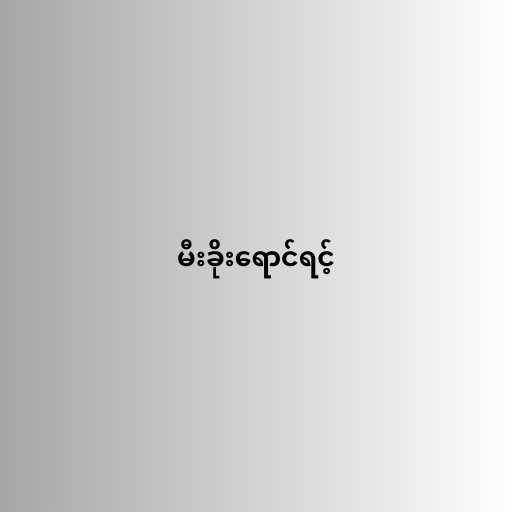
မီးခိုးရောင်ရင့်